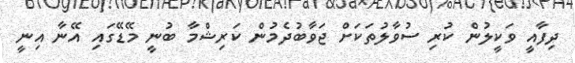
ދިފާއީ ވަކީލުން ކުރި ސުވާލުތަކަށް ޖަވާބުދެމުން ކަރިޝްމާ ބުނީ މޭޑޭގައި އޭނާ އިނީ